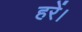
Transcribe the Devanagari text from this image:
हरें।